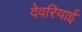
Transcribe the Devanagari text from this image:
देवरियाई